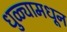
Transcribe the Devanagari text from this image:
धुळ्यामधून